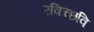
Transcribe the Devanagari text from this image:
रविच्छवि